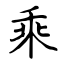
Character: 乘